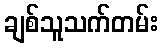
ချစ်သူသက်တမ်း